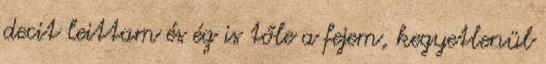
decit leittam és ég is tőle a fejem, kegyetlenül